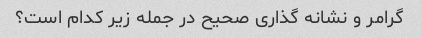
گرامر و نشانه گذاری صحیح در جمله زیر کدام است؟